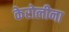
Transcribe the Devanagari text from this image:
केरोलीना